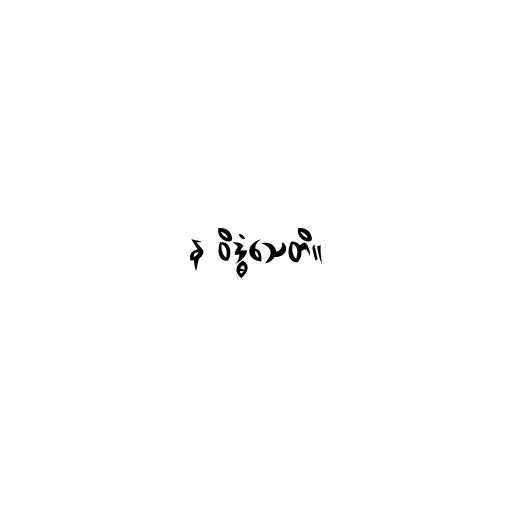
န ဝိဒ္ဓံသေတိ။